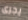
يجرى